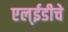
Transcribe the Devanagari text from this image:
एल्‌ईडीचे